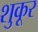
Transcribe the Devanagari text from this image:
शुकूर